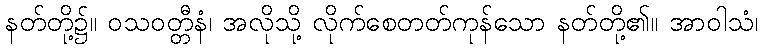
နတ်တို့၌။ ဝသဝတ္တီနံ၊ အလိုသို့ လိုက်စေတတ်ကုန်သော နတ်တို့၏။ အာဝါသံ၊